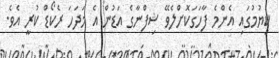
ކިޔުމުގައި އެންމެ ފާހަގަކޮށްލެވޭ ޝިފްނާގެ އަޑުން އެ މަދަހަ ރެކޯޑް ކުރީ އެވެ.